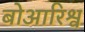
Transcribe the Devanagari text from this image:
बोआरिश्व